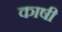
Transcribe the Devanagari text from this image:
काषी